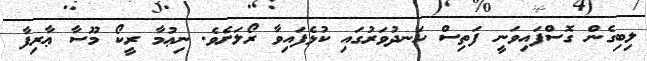
ލިބިގެން ގޮސްފައިވަނީ ފަތިސް ހަނދުވަރުގައި ކުޅެފައިވާ ރޯލަށެވެ. ނިޢުމާ ރީކޯ މޫސާ ޢާރިފާ